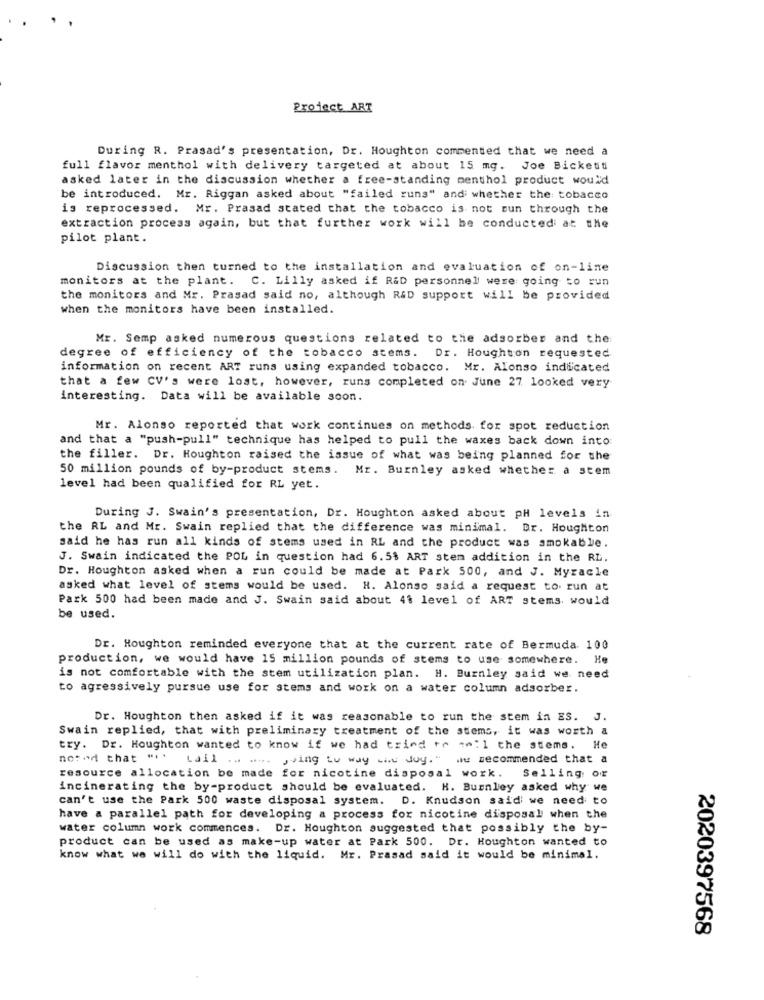
Project ART
During R. Prasad's presentation, Dr. Houghton commented that we need a
full flavor menthol with delivery targeted at about 15 mg. Joe Bickett
asked later in the discussion whether a free-standing menthol product would
be introduced. Mr. Riggan asked about "failed runs" and whether the tobacco
is reprocessed. Mr. Prasad stated that the tobacco is not sun through the
extraction process again, but that further work will be conducted at the
pilot plant.
Discussion then turned to the installation and evaluation of on-line
monitors at the plant. C. Lilly asked if R&D personnel were going to run
the monitors and Mr. Prasad said no, although R&D support will be provided
when the monitors have been installed.
Mr. Semp asked numerous questions related to the adsorber and the:
degree of efficiency of the tobacco stems. Dr. Houghton requested
information on recent ART runs using expanded tobacco. Mr. Alonso indicated
that a few CV's were lost, however, runs completed on June 27 looked very
interesting. Data will be available soon.
Mr. Alonso reported that work continues on methods for spot reduction
and that a "push-pull" technique has helped to pull the waxes back down into
the filler. Dr. Houghton raised the issue of what was being planned for the
50 million pounds of by-product stems.
Mr. Burnley asked whether a stem
level had been qualified for RL yet.
During J. Swain's presentation, Dr. Houghton asked about pH levels in
the RL and Mr. Swain replied that the difference was minimal. Dr. Houghton
said he has run all kinds of stems used in RL and the product was smokable.
J. Swain indicated the POL in question had 6.5$ ART stem addition in the RL.
Dr. Houghton asked when a run could be made at Park 500, and J. Myracle
asked what level of stems would be used. H. Alonso said a request to run at
Park 500 had been made and J. Swain said about 41 level of ART stems. would
be used.
Dr. Houghton reminded everyone that at the current rate of Bermuda 100
production, we would have 15 million pounds of stems to use somewhere. He
is not comfortable with the stem utilization plan. H. Burnley said we need
to agressively pursue use for stems and work on a water column adsorber.
Dr. Houghton then asked if it was reasonable to run the stem in ES. J.
Swain replied, that with preliminary treatment of the stems, it was worth a
try. Dr. Houghton wanted to know if we had trind ro am: 1 the stems. He
noted that " .*
* tail ... ..... Jving tu way the Joy." we recommended that a
resource allocation be made for nicotine disposal work.
Selling of
incinerating the by-product should be evaluated. H. Burnley asked why we
can't use the Park 500 waste disposal system. D. Knudson said we need to
have a parallel path for developing a process for nicotine disposal when the
water column work commences. Dr. Houghton suggested that possibly the by-
product can be used as make-up water at Park 500. Dr. Houghton wanted to
know what we will do with the liquid. Mr. Prasad said it would be minimal.
2020397568